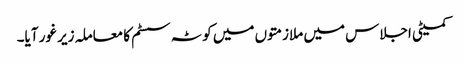
کمیٹی اجلاس میں ملازمتوں میں کوٹہ سسٹم کا معاملہ زیر غور آیا۔